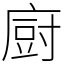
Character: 𢊍